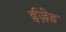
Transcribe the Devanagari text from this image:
ईज़ेड